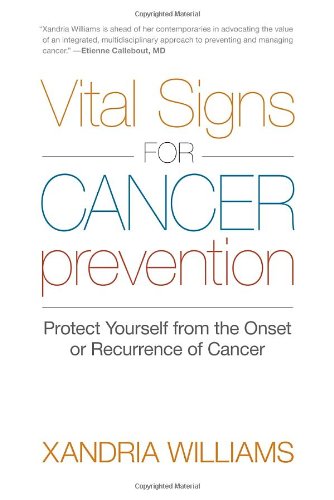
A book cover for Vital Signs for Cancer Prevention: Protect Yourself from the Onset or Recurrence of Cancer; Xandria Williams; Health, Fitness & Dieting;